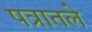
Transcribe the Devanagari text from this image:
पत्रातले